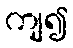
ကျ၍